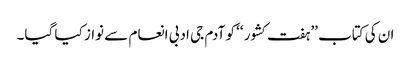
ان کی کتاب ’’ہفت کشور ‘‘ کو آدم جی ادبی انعام سے نواز کیا گیا۔